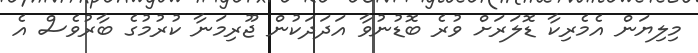
މިލިޔަން އެމެރިކާ ޑޮލަރަށް ވުރެ ބޮޑުނުވާ އަދަދަކުން ޖޫރިމަނާ ކުރުމުގެ ބާރުވެސް އެ